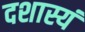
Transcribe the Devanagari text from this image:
दशास्यं